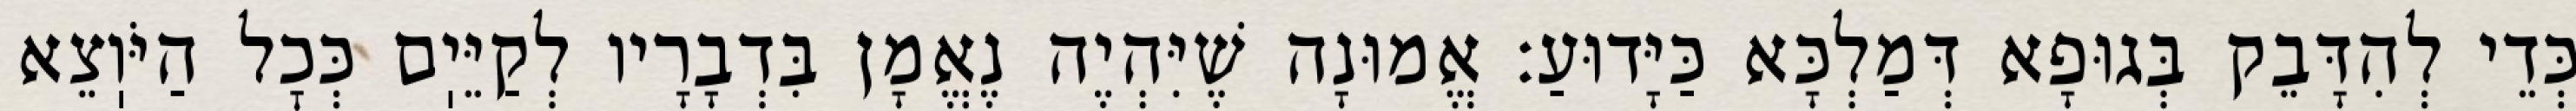
כְּדֵי לְהִדָּבֵק בְּגוּפָא דְּמַלְכָּא כַּיָּדוּעַ: אֱמוּנָה שֶׁיִּהְיֶה נֶאֱמָן בִּדְבָרָיו לְקַיֵּיֽם כְּכׇל הַיֹּוֽצֵא